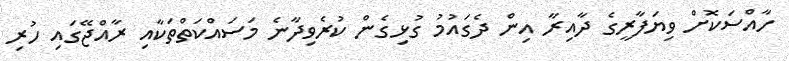
ހާއްސަކޮށް ވިޔަފާރީގެ ދާއިރާ އިން ދެގައުމު ގުޅިގެން ކުރެވިދާނެ މަސައްކަތްތަކާއި ރާއްޖޭގައި ހުރި